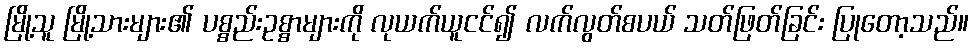
မြို့သူ မြို့သားများ၏ ပစ္စည်းဥစ္စာများကို လုယက်ယူငင်၍ လက်လွတ်စပယ် သတ်ဖြတ်ခြင်း ပြုတော့သည်။